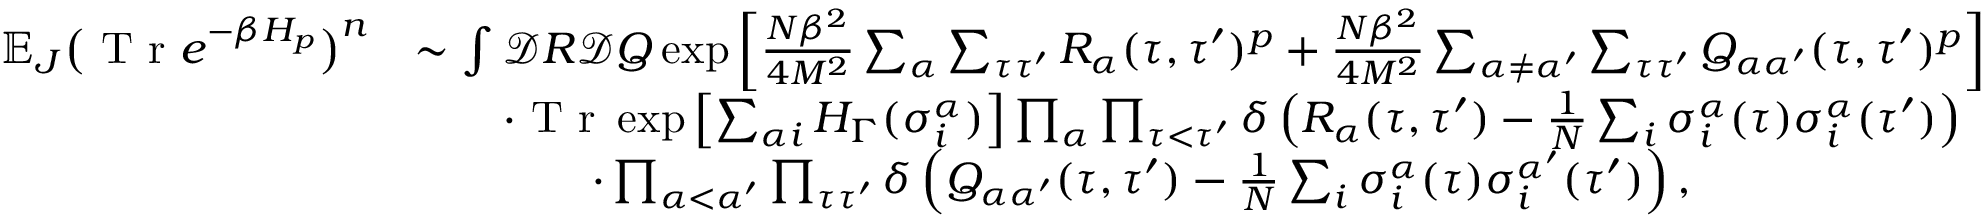
\begin{array} { r l } { \mathbb { E } _ { J } \big ( \textrm { T r } e ^ { - \beta H _ { p } } \big ) ^ { n } } & { \sim \int \mathcal { D } R \mathcal { D } Q \exp { \left[ \frac { N \beta ^ { 2 } } { 4 M ^ { 2 } } \sum _ { \alpha } \sum _ { \tau \tau ^ { \prime } } R _ { \alpha } ( \tau , \tau ^ { \prime } ) ^ { p } + \frac { N \beta ^ { 2 } } { 4 M ^ { 2 } } \sum _ { \alpha \neq \alpha ^ { \prime } } \sum _ { \tau \tau ^ { \prime } } Q _ { \alpha \alpha ^ { \prime } } ( \tau , \tau ^ { \prime } ) ^ { p } \right] } } \\ & { \qquad \cdot \textrm { T r } \exp { \left[ \sum _ { \alpha i } H _ { \Gamma } ( \sigma _ { i } ^ { \alpha } ) \right] } \prod _ { \alpha } \prod _ { \tau < \tau ^ { \prime } } \delta \left( R _ { \alpha } ( \tau , \tau ^ { \prime } ) - \frac { 1 } { N } \sum _ { i } \sigma _ { i } ^ { \alpha } ( \tau ) \sigma _ { i } ^ { \alpha } ( \tau ^ { \prime } ) \right) } \\ & { \qquad \qquad \cdot \prod _ { \alpha < \alpha ^ { \prime } } \prod _ { \tau \tau ^ { \prime } } \delta \left( Q _ { \alpha \alpha ^ { \prime } } ( \tau , \tau ^ { \prime } ) - \frac { 1 } { N } \sum _ { i } \sigma _ { i } ^ { \alpha } ( \tau ) \sigma _ { i } ^ { \alpha ^ { \prime } } ( \tau ^ { \prime } ) \right) , } \end{array}